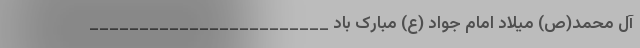
آل محمد(ص) میلاد امام جواد (ع) مبارک باد ________________________